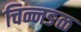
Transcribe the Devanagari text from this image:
चिन्नङळ